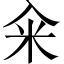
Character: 籴